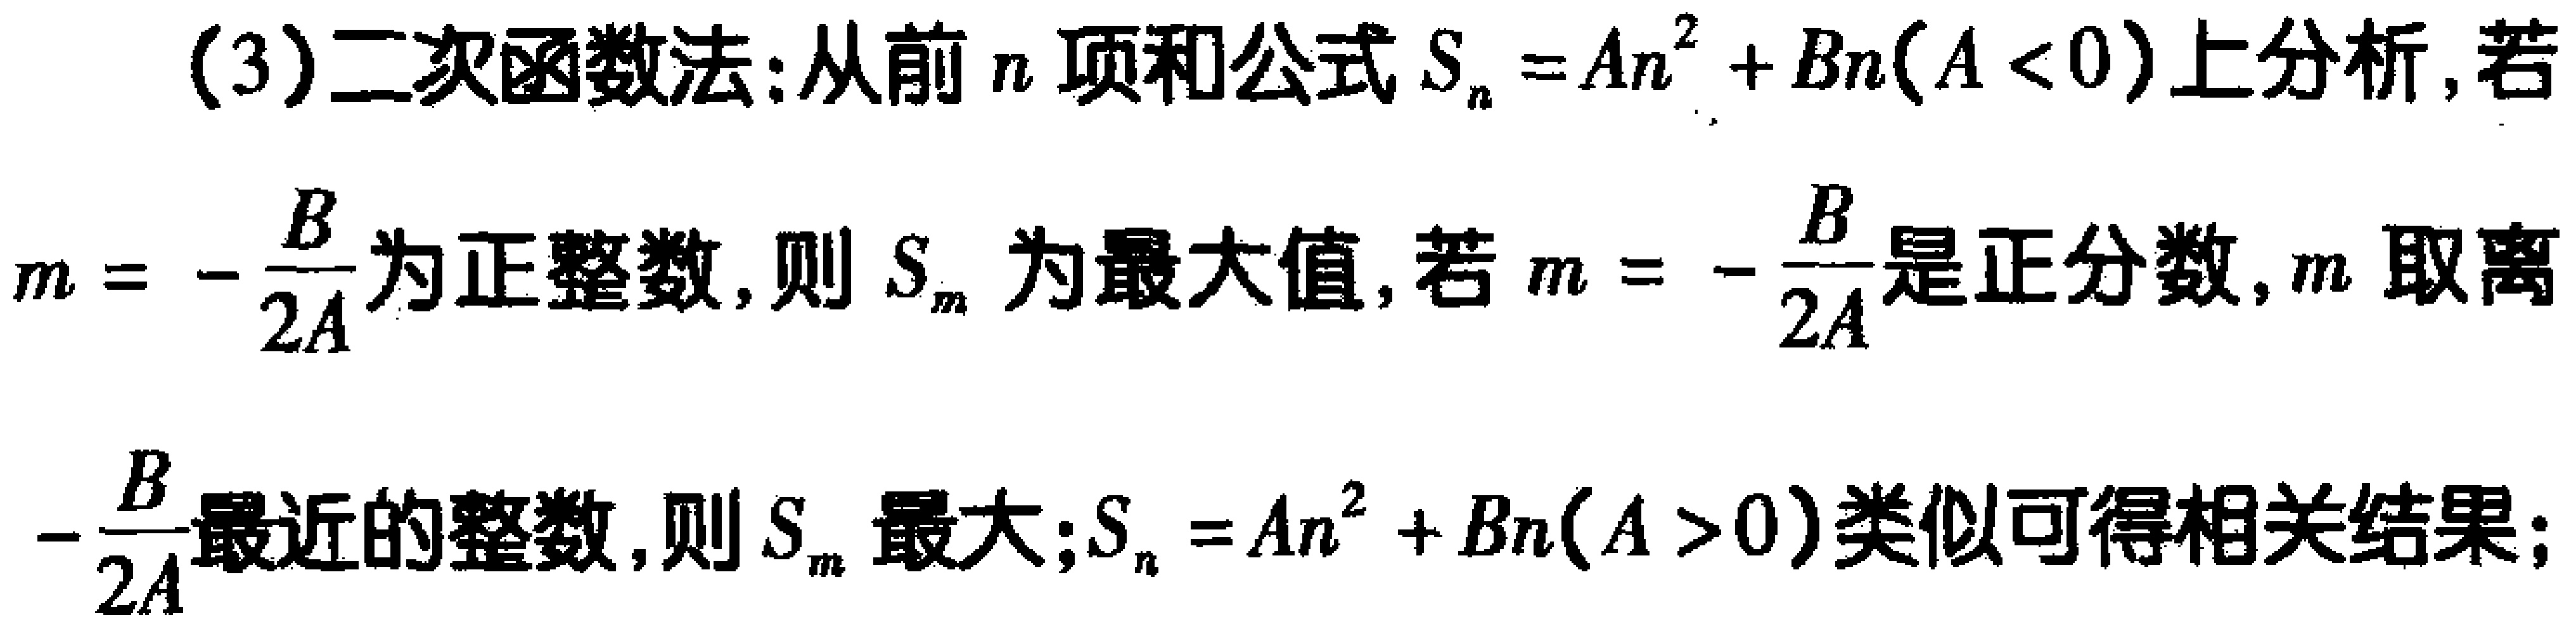
(3)二次函数法:从前\(n\)项和公式\(S_{n}=An^{2}+Bn(A < 0)\)上分析,若\(m = -\frac{B}{2A}\)为正整数,则\(S_{m}\)为最大值,若\(m = -\frac{B}{2A}\)是正分数,\(m\)取离\(-\frac{B}{2A}\)最近的整数,则\(S_{m}\)最大;\(S_{n}=An^{2}+Bn(A > 0)\)类似可得相关结果;